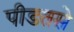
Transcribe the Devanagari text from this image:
पीडतसे